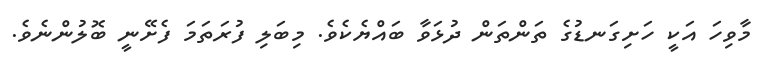
މާވިހަ އަކީ ހަށިގަނޑުގެ ތަންތަން ދުޅަވާ ބައްޔެކެވެ. މިބަލި ފުރަތަމަ ފެށޭނީ ބޮލުންނެވެ.